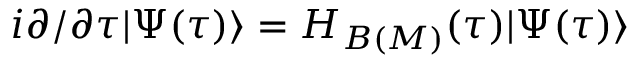
i \partial / \partial \tau | \Psi ( \tau ) \rangle = { \cal H } _ { B ( M ) } ( \tau ) | \Psi ( \tau ) \rangle